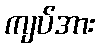
ကျပ်အား